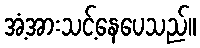
အံ့အားသင့်နေပေသည်။